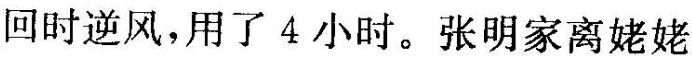
回时逆风，用了4小时。张明家离姥姥